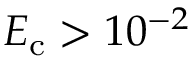
E _ { \mathrm { c } } > 1 0 ^ { - 2 }